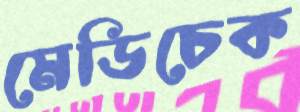
মেডিচেক